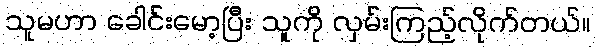
သူမဟာ ခေါင်းမော့ပြီး သူကို လှမ်းကြည့်လိုက်တယ်။